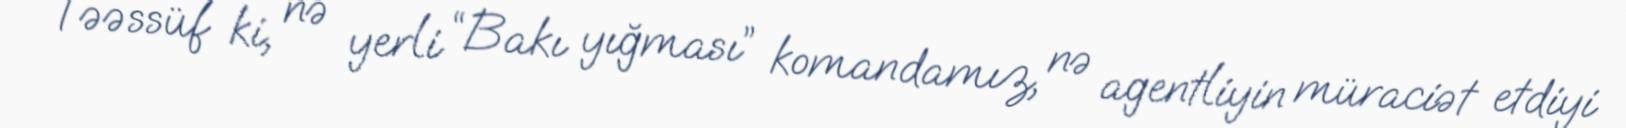
Təəssüf ki, nə yerli “Bakı yığması” komandamız, nə agentliyin müraciət etdiyi